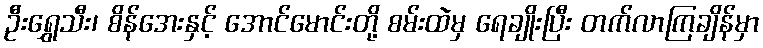
ဦးရွှေသီး၊ စိန်အေးနှင့် အောင်မောင်းတို့ စမ်းထဲမှ ရေချိုးပြီး တက်လာကြချိန်မှာ